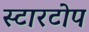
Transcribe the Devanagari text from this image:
स्टारटोप